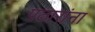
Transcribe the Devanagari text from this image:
पठारांना